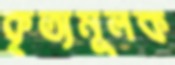
কৃত্যমূলক